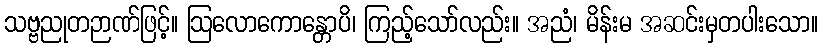
သဗ္ဗညုတဉာဏ်ဖြင့်။ ဩလောကောန္တောပိ၊ ကြည့်သော်လည်း။ အညံ၊ မိန်းမ အဆင်းမှတပါးသော။